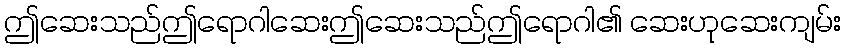
ဤဆေးသည်ဤရောဂါဆေးဤဆေးသည်ဤရောဂါ၏ ဆေးဟုဆေးကျမ်း